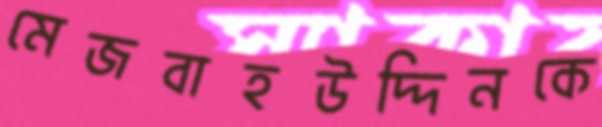
মেজবাহউদ্দিনকে